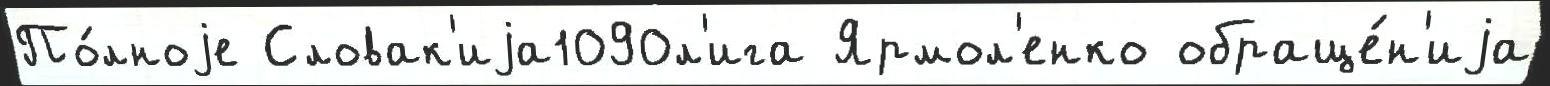
По́лноjе Словак'иjа1090л'ига Ярмол'енко обраще́н'иjа